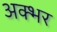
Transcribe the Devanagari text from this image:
अक्भर